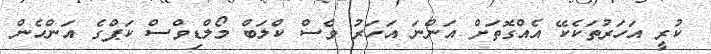
ކުރީ އަހަރުތަކެކޭ އެއްގޮތަށް އަންނަ އަހަރު ވެސް ކްލަބް މޯލްޑިވްސް ކަޕްގެ އަންހެން